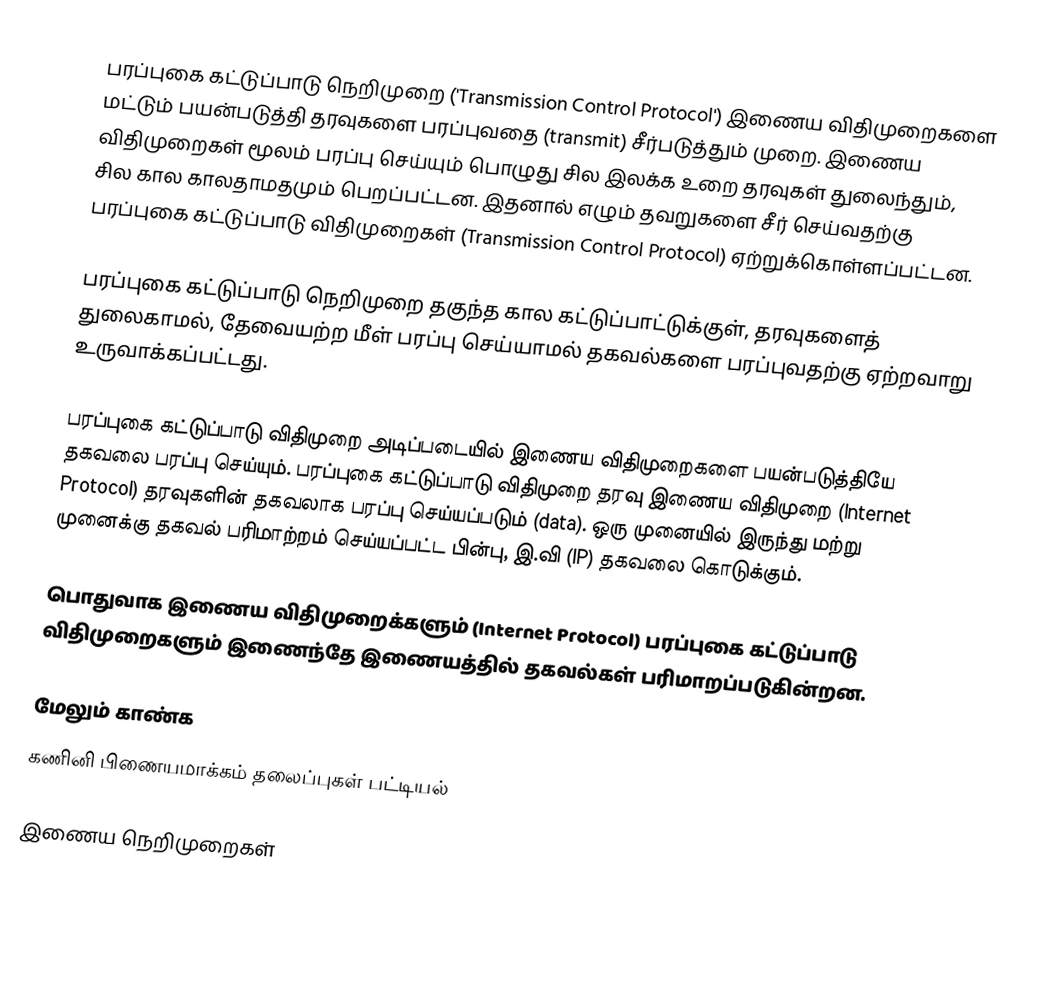
பரப்புகை கட்டுப்பாடு நெறிமுறை ('Transmission Control Protocol') இணைய விதிமுறைகளை மட்டும் பயன்படுத்தி தரவுகளை பரப்புவதை (transmit) சீர்படுத்தும் முறை.  இணைய விதிமுறைகள் மூலம் பரப்பு செய்யும் பொழுது சில இலக்க உறை தரவுகள் துலைந்தும், சில கால காலதாமதமும் பெறப்பட்டன.  இதனால் எழும் தவறுகளை சீர் செய்வதற்கு பரப்புகை கட்டுப்பாடு விதிமுறைகள் (Transmission Control Protocol) ஏற்றுக்கொள்ளப்பட்டன.

பரப்புகை கட்டுப்பாடு நெறிமுறை தகுந்த கால கட்டுப்பாட்டுக்குள், தரவுகளைத் துலைகாமல், தேவையற்ற மீள் பரப்பு செய்யாமல் தகவல்களை பரப்புவதற்கு ஏற்றவாறு உருவாக்கப்பட்டது.

பரப்புகை கட்டுப்பாடு விதிமுறை அடிப்படையில் இணைய விதிமுறைகளை பயன்படுத்தியே தகவலை பரப்பு செய்யும். பரப்புகை கட்டுப்பாடு விதிமுறை தரவு இணைய விதிமுறை (Internet Protocol) தரவுகளின் தகவலாக பரப்பு செய்யப்படும் (data).  ஒரு முனையில் இருந்து மற்று முனைக்கு தகவல் பரிமாற்றம் செய்யப்பட்ட பின்பு, இ.வி (IP) தகவலை  கொடுக்கும்.

பொதுவாக இணைய விதிமுறைக்களும் (Internet Protocol) பரப்புகை கட்டுப்பாடு விதிமுறைகளும் இணைந்தே இணையத்தில் தகவல்கள் பரிமாறப்படுகின்றன.

மேலும் காண்க
கணினி பிணையமாக்கம் தலைப்புகள் பட்டியல்

இணைய நெறிமுறைகள்